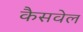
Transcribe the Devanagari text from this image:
कैसवेल